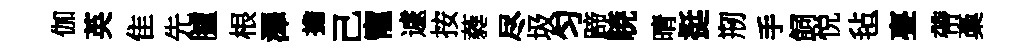
伽英隹先臚根澤擔己寵遽按蕤尽圾匀蹄暁晴挺剏手飼悦毡亹帶稾